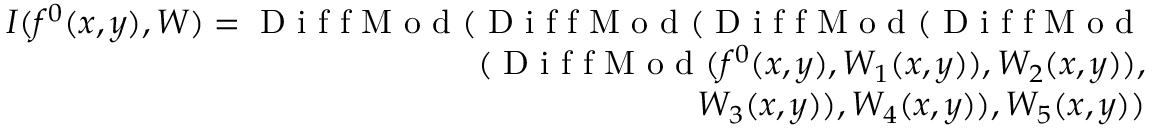
\begin{array} { r } { I ( f ^ { 0 } ( x , y ) , W ) = \mathrm { ~ D ~ i ~ f ~ f ~ M ~ o ~ d ~ } ( \mathrm { ~ D ~ i ~ f ~ f ~ M ~ o ~ d ~ } ( \mathrm { ~ D ~ i ~ f ~ f ~ M ~ o ~ d ~ } ( \mathrm { ~ D ~ i ~ f ~ f ~ M ~ o ~ d ~ } } \\ { ( \mathrm { ~ D ~ i ~ f ~ f ~ M ~ o ~ d ~ } ( f ^ { 0 } ( x , y ) , W _ { 1 } ( x , y ) ) , W _ { 2 } ( x , y ) ) , } \\ { W _ { 3 } ( x , y ) ) , W _ { 4 } ( x , y ) ) , W _ { 5 } ( x , y ) ) } \end{array}